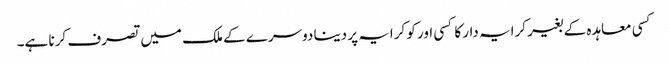
کسی معاہدہ کے بغیر کرایہ دار کا کسی اور کو کرایہ پر دینا دوسرے کے ملک میں تصرف کرنا ہے۔